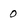
Character: 0